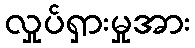
လှုပ်ရှားမှုအား